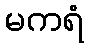
မကရံ